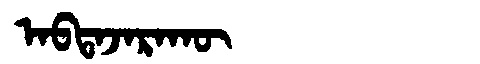
Manchu: ᠠᠪᡨᠠᠵᠠᡵᠠᡴᡡ
Romanization: ABTAJARAKŪ